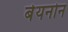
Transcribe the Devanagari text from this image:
बेयनोन